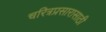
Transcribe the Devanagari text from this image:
चरित्रप्रसारासाठी